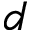
d